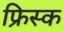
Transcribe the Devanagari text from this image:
फ्रिस्क